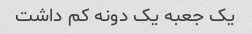
یک جعبه یک دونه کم داشت